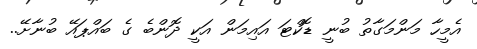
އެމީހާ މަންމަގާތު ބުނީ ޑޮކްޓަ އައިމަން އަކީ ދޮންބެ ގެ ބައްޕައޭ ބުނާށޭ..